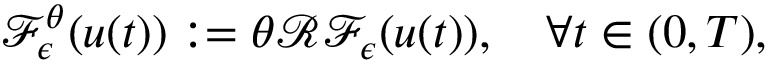
\mathcal { F } _ { \epsilon } ^ { \theta } ( u ( t ) ) : = \theta \mathcal { R } \mathcal { F } _ { \epsilon } ( u ( t ) ) , \quad \forall t \in ( 0 , T ) ,